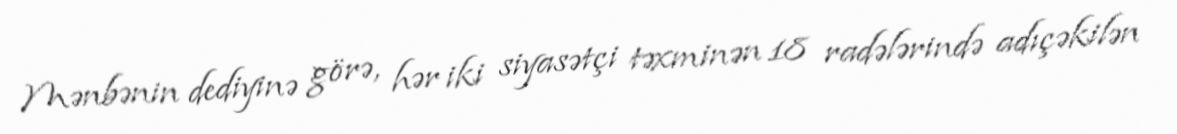
Mənbənin dediyinə görə, hər iki siyasətçi təxminən 18 radələrində adıçəkilən